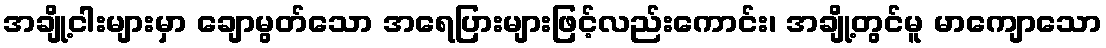
အချို့ငါးများမှာ ချောမွတ်သော အရေပြားများဖြင့်လည်းကောင်း၊ အချို့တွင်မူ မာကျောသော